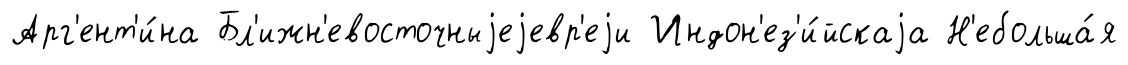
Арг'ент'и́на Бл'ижн'евосточныjеjевр'еjи Индон'ез'и́йскаjа Н'ебольша́я